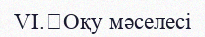
VI.	Оқу мәселесі